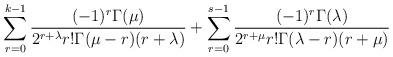
LaTeX: \begin{align*}\sum\limits_{r=0}^{k-1}\frac {(-1)^r\Gamma(\mu)}{2^{r+\lambda}r!\Gamma(\mu-r)(r+\lambda)}+\sum\limits_{r=0}^{s-1}\frac {(-1)^r\Gamma(\lambda)}{2^{r+\mu}r!\Gamma(\lambda-r)(r+\mu)}\end{align*}